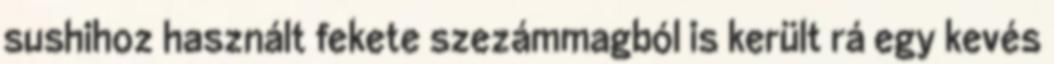
sushihoz használt fekete szezámmagból is került rá egy kevés